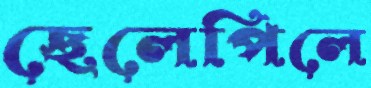
ছেলেপিলে